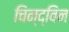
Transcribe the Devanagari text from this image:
चिन्द्विन